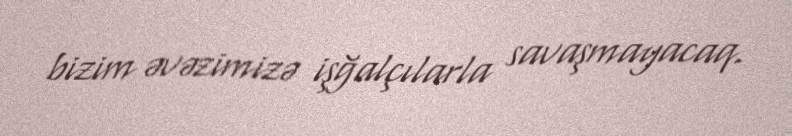
bizim əvəzimizə işğalçılarla savaşmayacaq.